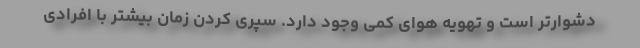
دشوارتر است و تهویه هوای کمی وجود دارد. سپری کردن زمان بیشتر با افرادی